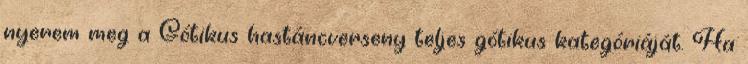
nyerem meg a Gótikus hastáncverseny teljes gótikus kategóriáját. Ha